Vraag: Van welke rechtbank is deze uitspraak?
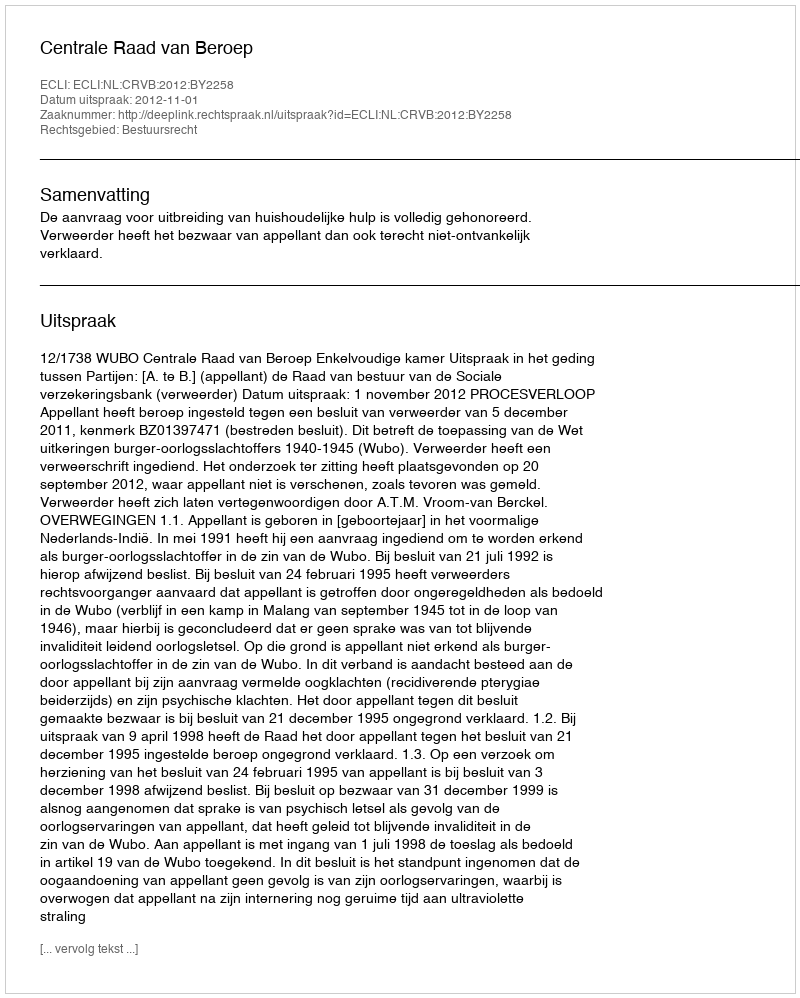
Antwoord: Centrale Raad van Beroep